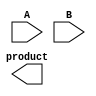
module WallaceTreeMultiplier #(parameter n = 4) (
    input [n-1:0] A,
    input [n-1:0] B,
    output reg [2*n-1:0] product
);

    // Generate partial products
    wire [n-1:0] pp[n-1:0]; // partial products
    genvar i;
    generate
        for (i = 0; i < n; i = i + 1) begin : gen_partial_products
            assign pp[i] = A & {n{B[i]}}; // AND each bit of A with bit of B
        end
    endgenerate

    // Intermediate sums and carries
    wire [n-1:0] sum_1 [0:n-1]; // First level sums
    wire [n-1:0] carry_1 [0:n-1]; // First level carries

    // Full adder and half adder modules
    function [0:n-1] fa(
        input [0:n-1] a,
        input [0:n-1] b,
        input cin
    );
        reg [0:n-1] sum;
        reg cout;
        begin
            {cout, sum} = a + b + cin;
            fa = {sum, cout};
        end
    endfunction

    function [0:n-1] ha(
        input [0:n-1] a,
        input [0:n-1] b
    );
        reg [0:n-1] sum;
        begin
            sum = a ^ b; // XOR for sum
            ha = sum;
        end
    endfunction

    // Wallace tree reduction
    integer j, k;

    always @(*) begin
        // Initialize sum and carry arrays
        for (j = 0; j < n; j = j + 1) begin
            sum_1[j] = 0;
            carry_1[j] = 0;
        end

        // First reduction level
        for (j = 0; j < n; j = j + 1) begin
            // Use half adders and full adders as needed
            for (k = 0; k < n; k = k + 1) begin
                if (j + k < n) begin
                    if (k == 0) begin
                        sum_1[j][k] = pp[j][k]; // take the partial product directly
                    end else if (k == 1) begin
                        {carry_1[j][k-1], sum_1[j][k]} = ha(pp[j][k], pp[j-1][k]);
                    end else begin
                        {carry_1[j][k-1], sum_1[j][k]} = fa(pp[j][k], pp[j-1][k], carry_1[j][k-2]);
                    end
                end
            end
        end
        
        // Final addition of last two levels
        product = 0;
        for (j = 0; j < n; j = j + 1) begin
            product = product + {sum_1[j], 1'b0}; // Shift and add
        end
    end
endmodule